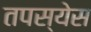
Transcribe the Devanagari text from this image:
तपस्येस